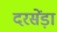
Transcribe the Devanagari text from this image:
दरसेंड़ा